Report on lock hospitals in British Burma
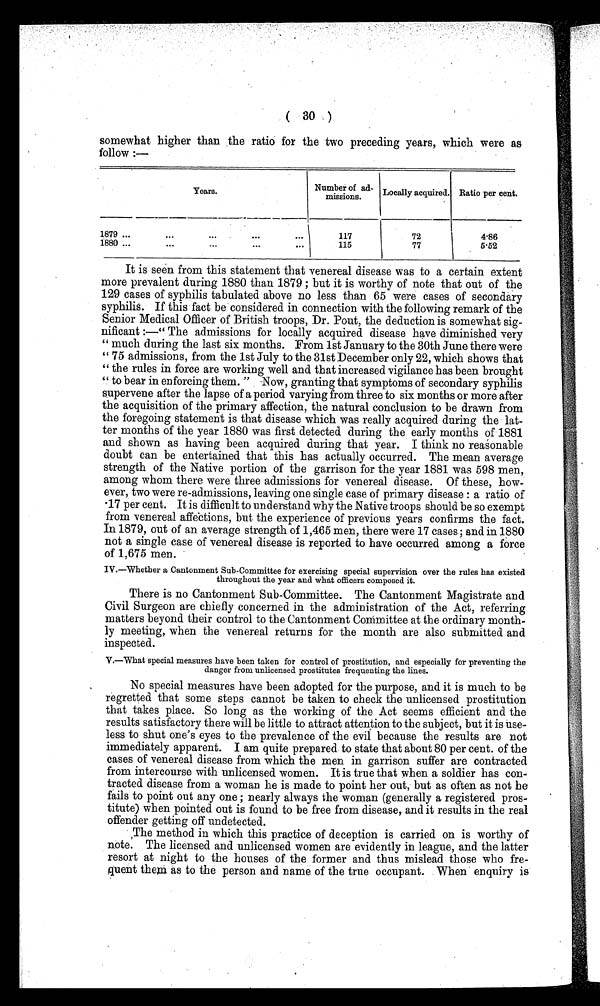
( 30 )
somewhat higher than the ratio for the two preceding years, which were as
follow :—
Years.
Number of ad-
missions.
Locally acquired. Ratio per cent.
1879 ...
...
...
. . .
117
72
4.86
1880 ...
...
...
...
...
115
77
5.52
It is seen from this statement that venereal disease was to a certain extent
more prevalent during 1880 than 1879 ; but it is worthy of note that out of the
129 cases of syphilis tabulated above no less than 65 were cases of secondary
syphilis. If this fact be considered in connection with the following remark of the
Senior Medical Officer of British troops, Dr. Pout, the deduction is somewhat sig-
nificant :—" The admissions for locally acquired disease have diminished very
" much during the last six months. From 1st January to the 30th June there were
" 75 admissions, from the 1st July to the 31st December only 22, which shows that
" the rules in force are working well and that increased vigilance has been brought
" to bear in enforcing them. " Now, granting that symptoms of secondary syphilis
supervene after the lapse of a period varying from three to six months or more after
the acquisition of the primary affection, the natural conclusion to be drawn from
the foregoing statement is that disease which was really acquired during the lat-
ter months of the year 1880 was first detected during the early months of 1881
and shown as having been acquired during that year. I think no reasonable
doubt can be entertained that this has actually occurred. The mean average
strength of the Native portion of the garrison for the year 1881 was 598 men,
among whom there were three admissions for venereal disease. Of these, how-
ever, two were re-admissions, leaving one single case of primary disease : a ratio of
17 per cent. It is difficult to understand why the Native troops should be so exempt
from venereal affections, but the experience of previous years confirms the fact.
In 1879, out of an average strength of 1,465 men, there were 17 cases; and in 1880
not a single case of venereal disease is reported to have occurred among a force
of 1,675 men.
IV.—whether a Cantonment Sub-Committee for exercising special supervision over the rules has existed
throughout the year and what officers composed it.
There is no Cantonment Sub-Committee. The Cantonment Magistrate and
Civil Surgeon are chiefly concerned in the administration of the Act, referring
matters beyond their control to the Cantonment Committee at the ordinary month-
ly meeting, when the venereal returns for the month are also submitted and
inspected.
V.—What special measures have been taken for control of prostitution, and especially for preventing the
danger from unlicensed prostitutes frequenting the lines.
No special measures have been adopted for the purpose, and it is much to be
regretted that some steps cannot be taken to check the unlicensed prostitution
that takes place. So long as the working of the Act seems efficient and the
results satisfactory there will be little to attract attention to the subject, but it is use-
less to shut one's eyes to the prevalence of the evil because the results are not
immediately apparent. I am quite prepared to state that about 80 per cent. of the
cases of venereal disease from which the men in garrison suffer are contracted
from intercourse with unlicensed women. It is true that when a soldier has con-
tracted disease from a woman he is made to point her out, but as often as not be
fails to point out any one ; nearly always the woman (generally a registered pros-
titute) when pointed out is found to be free from disease, and it results in the real
offender getting off undetected.
The method in which this practice of deception is carried on is worthy of
note. The licensed and unlicensed women are evidently in league, and the latter
resort at night to the houses of the former and thus mislead those who fre-
quent them as to the person and name of the true occupant. When enquiry is